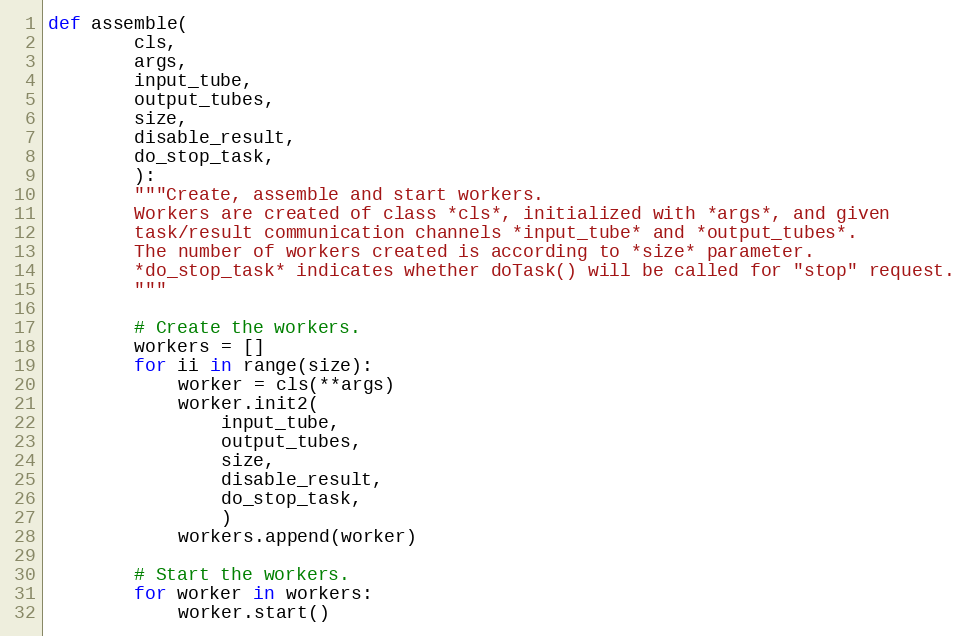
Language: Python
def assemble(
        cls,
        args,
        input_tube,
        output_tubes,
        size,
        disable_result,
        do_stop_task,
        ):
        """Create, assemble and start workers.
        Workers are created of class *cls*, initialized with *args*, and given
        task/result communication channels *input_tube* and *output_tubes*.
        The number of workers created is according to *size* parameter.
        *do_stop_task* indicates whether doTask() will be called for "stop" request.
        """

        # Create the workers.
        workers = []
        for ii in range(size):
            worker = cls(**args)
            worker.init2(
                input_tube,
                output_tubes,
                size,
                disable_result,
                do_stop_task,
                )
            workers.append(worker)

        # Start the workers.
        for worker in workers:
            worker.start()